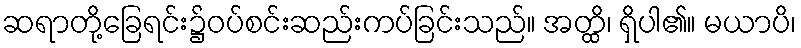
ဆရာတို့ခြေရင်း၌ဝပ်စင်းဆည်းကပ်ခြင်းသည်။ အတ္ထိ၊ ရှိပါ၏။ မယာပိ၊